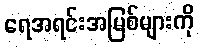
ရေအရင်းအမြစ်များကို